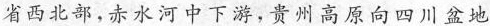
省西北部，赤水河中下游，贵州高原向四川盆地